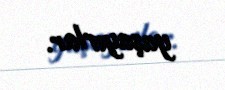
yaşayırlar.